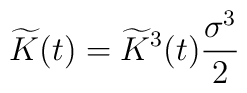
\widetilde{K}(t) = \widetilde{K}^3(t) \frac{\sigma^3}{2}